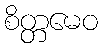
စိတ္တမေဝ